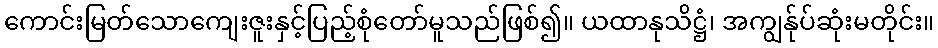
ကောင်းမြတ်သောကျေးဇူးနှင့်ပြည့်စုံတော်မူသည်ဖြစ်၍။ ယထာနုသိဋ္ဌံ၊ အကျွန်ုပ်ဆုံးမတိုင်း။